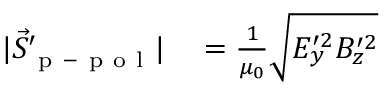
\begin{array} { r l } { | \vec { S } _ { \mathrm { ~ p ~ - ~ p ~ o ~ l ~ } } ^ { \prime } | } & { { } = \frac { 1 } { \mu _ { 0 } } \sqrt { E _ { y } ^ { \prime 2 } B _ { z } ^ { \prime 2 } } } \end{array}